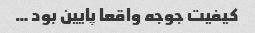
کیفیت جوجه واقعا پایین بود …